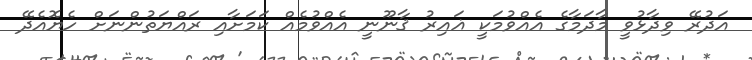
އަދުރޭ ވިދާޅުވީ މާދަމާގެ އެއްވުމަކީ ޣައިރު ޤާނޫނީ އެއްވުމެއް ކަމަށާއި ރައްޔަތުންނަށް ހެޔޮއެދޭ